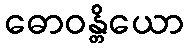
ဓောဝန္တိယော